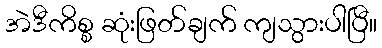
အဲဒီကိစ္စ ဆုံးဖြတ်ချက် ကျသွားပါပြီ။